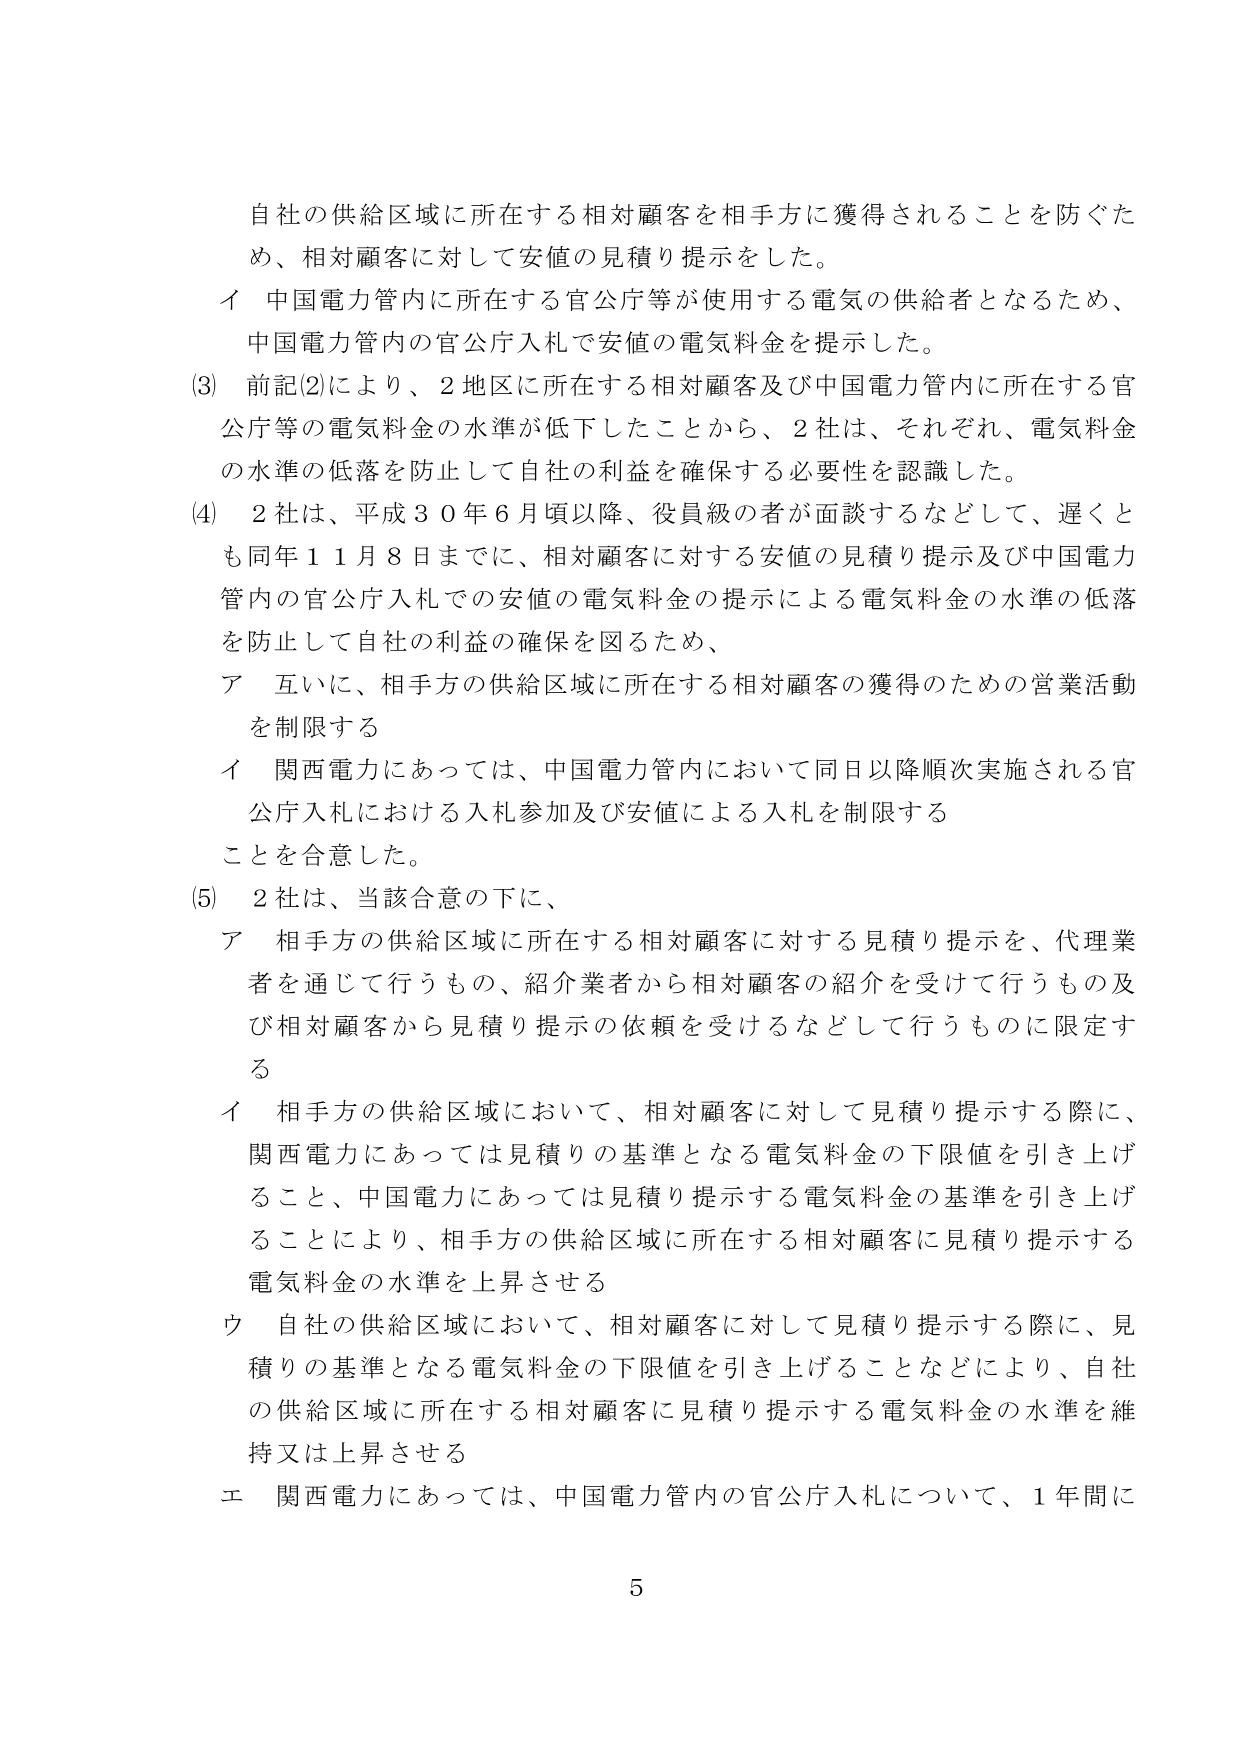
自社の供給区域に所在する相対顧客を相手方に獲得されることを防ぐため、相対顧客に対して安値の見積り提示をした。
イ 中国電力管内に所在する官公庁等が使用する電気の供給者となるため、中国電力管内の官公庁入札で安値の電気料金を提示した。
(3) 前記(2)により、2地区に所在する相対顧客及び中国電力管内に所在する官公庁等の電気料金の水準が低下したことから、2社は、それぞれ、電気料金の水準の低落を防止して自社の利益を確保する必要性を認識した。
(4) 2社は、平成30年6月頃以降、役員級の者が面談するなどして、遅くとも同年11月8日までに、相対顧客に対する安値の見積り提示及び中国電力管内の官公庁入札での安値の電気料金の提示による電気料金の水準の低落を防止して自社の利益の確保を図るため、
ア 互いに、相手方の供給区域に所在する相対顧客の獲得のための営業活動を制限する
イ 関西電力にあっては、中国電力管内において同日以降順次実施される官公庁入札における入札参加及び安値による入札を制限することを合意した。
(5) 2社は、当該合意の下に、
ア 相手方の供給区域に所在する相対顧客に対する見積り提示を、代理業者を通じて行うもの、紹介業者から相対顧客の紹介を受けて行うもの及び相対顧客から見積り提示の依頼を受けるなどして行うものに限定する
イ 相手方の供給区域において、相対顧客に対して見積り提示する際に、関西電力にあっては見積りの基準となる電気料金の下限値を引き上げること、中国電力にあっては見積り提示する電気料金の基準を引き上げることにより、相手方の供給区域に所在する相対顧客に見積り提示する電気料金の水準を上昇させる
ウ 自社の供給区域において、相対顧客に対して見積り提示する際に、見積りの基準となる電気料金の下限値を引き上げることなどにより、自社の供給区域に所在する相対顧客に見積り提示する電気料金の水準を維持又は上昇させる
エ 関西電力にあっては、中国電力管内の官公庁入札について、1年間に
5